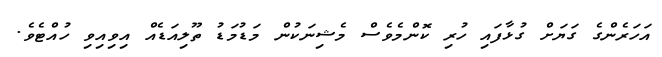
އަހަރެންގެ ގަޔަށް ގުޅާފައި ހުރި ކޮންމެވެސް މެޝިނަކުން މަޑުމަޑު ތޫލިއަޑެއް އިވިއިވި ހުއްޓެވެ.